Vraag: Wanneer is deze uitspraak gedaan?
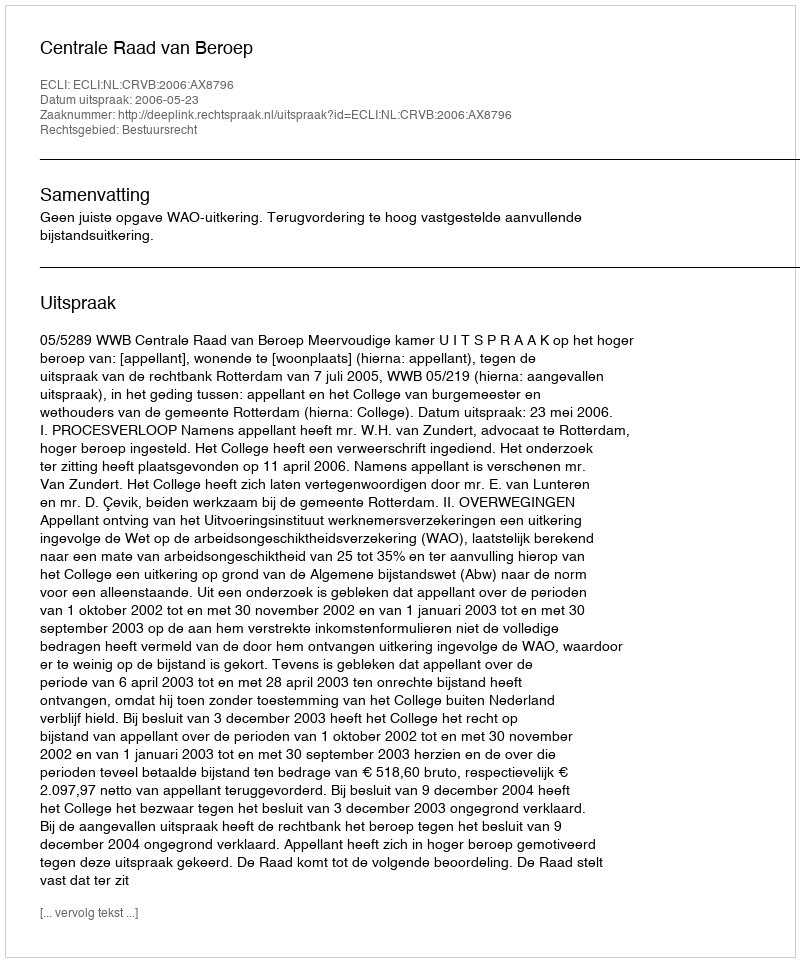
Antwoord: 2006-05-23